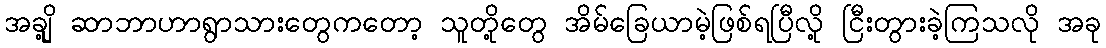
အချို့ ဆာဘာဟာရွာသားတွေကတော့ သူတို့တွေ အိမ်ခြေယာမဲ့ဖြစ်ရပြီလို့ ငြီးတွားခဲ့ကြသလို အခု